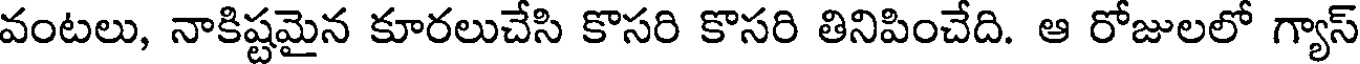
వంటలు, నాకిష్టమైన కూరలుచేసి కొసరి కొసరి తినిపించేది. ఆ రోజులలో గ్యాస్